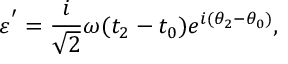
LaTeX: { \varepsilon } ^ { ' } = \frac { i } { \sqrt { 2 } } { \omega } ( t _ { 2 } - t _ { 0 } ) e ^ { i ( { \theta } _ { 2 } - { \theta } _ { 0 } ) } ,